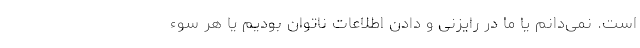
است. نمی‌دانم یا ما در رایزنی و دادن اطلاعات ناتوان بودیم یا هر سوء